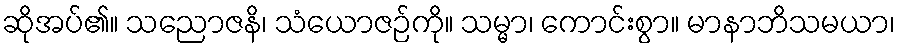
ဆိုအပ်၏။ သညောဇနိ၊ သံယောဇဉ်ကို။ သမ္မာ၊ ကောင်းစွာ။ မာနာဘိသမယာ၊